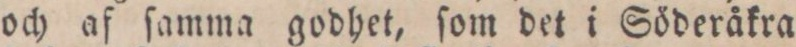
och af ſamma godhet, ſom det i Söderåkra